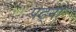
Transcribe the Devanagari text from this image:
पढ्ना